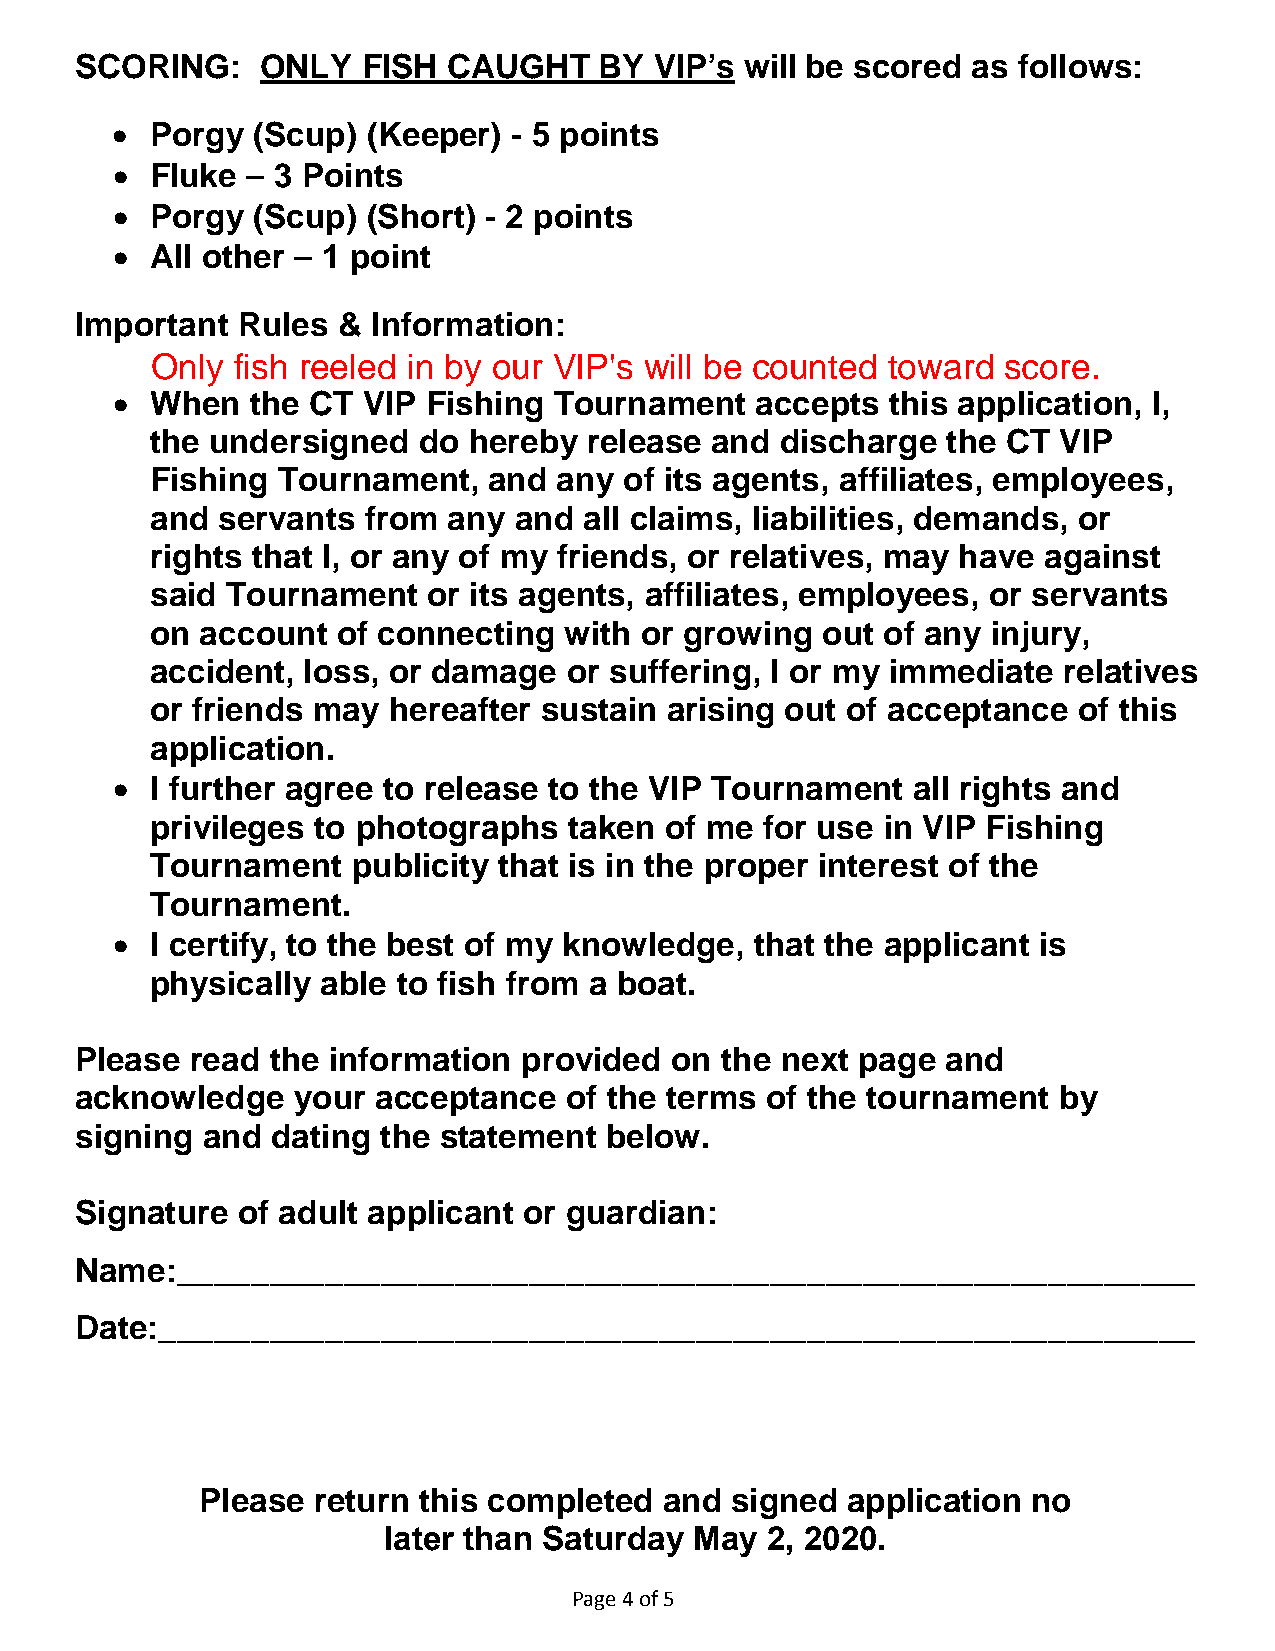
SCORING:    ONLY   FISH  CAUGHT    BY VIP’s will be scored as follows:
 •  Porgy  (Scup) (Keeper)  - 5 points
 •  Fluke – 3 Points
 •  Porgy  (Scup) (Short) - 2 points
 •  All other – 1 point
 Important  Rules &  Information:
 •  When   the CT VIP Fishing  Tournament   accepts  this application, I,
 the undersigned   do hereby  release and  discharge  the CT VIP
 Fishing Tournament,   and  any of its agents, affiliates, employees,
 and servants  from  any and  all claims, liabilities, demands, or
 rights that I, or any of my friends, or relatives, may have against
 said Tournament   or its agents, affiliates, employees, or servants
 on account  of connecting  with or growing  out of any  injury,
 accident, loss, or damage   or suffering, I or my immediate relatives
 or friends may  hereafter sustain arising out of acceptance  of this
 application.
 •  I further agree to release to the VIP Tournament  all rights and
 privileges to photographs   taken of me  for use in VIP Fishing
 Tournament   publicity that is in the proper interest of the
 Tournament.
 •  I certify, to the best of my knowledge, that the applicant is
 physically able to fish from a boat.
 Please  read the information  provided on  the next page  and
 acknowledge   your  acceptance  of the terms  of the tournament  by
 signing and  dating the statement  below.
 Signature  of adult applicant or guardian:
 Name:_______________________________________________________
 Date:________________________________________________________
 Please  return this completed  and signed  application no
 later than Saturday  May  2, 2020.
 Page 4 of 5